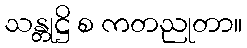
သန္တုဋ္ဌိ စ ကတညုတာ။